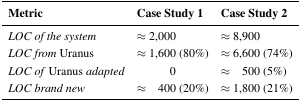
<table><thead><tr><td><b>Metric</b></td><td><b>Case Study 1</b></td><td><b>Case Study 2</b></td></tr></thead><tbody><tr><td><i>LOC of the system</i></td><td>≈2,000</td><td>≈8,900</td></tr><tr><td><i>LOC from</i> Uranus</td><td>≈1,600 (80%)</td><td>≈6,600 (74%)</td></tr><tr><td><i>LOC of</i> Uranus <i>adapted</i></td><td>0</td><td>≈500 (5%)</td></tr><tr><td><i>LOC brand new</i></td><td>≈400 (20%)</td><td>≈1,800 (21%)</td></tr></tbody></table>